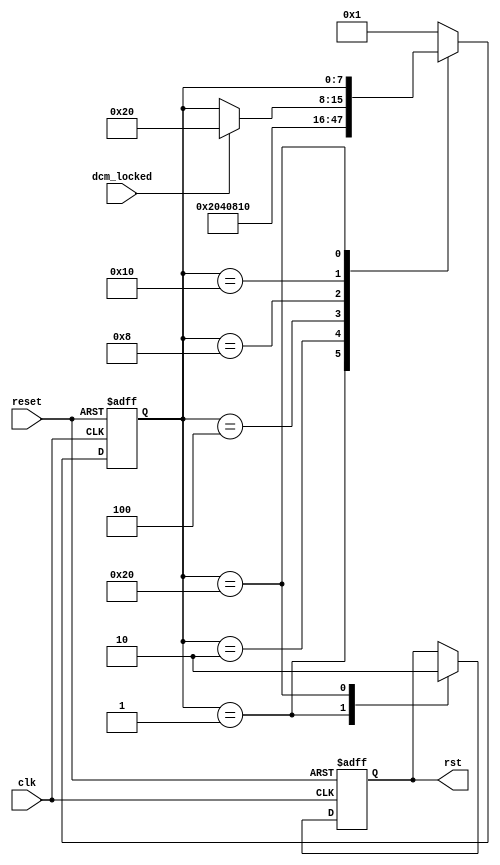
//
// Copyright (c) 2016 University of Cambridge All rights reserved.
//
//
// This software was developed with the support of 
// Prof. Gustavo Sutter and Prof. Sergio Lopez-Buedo and
// University of Cambridge Computer Laboratory NetFPGA team.
//
// @NETFPGA_LICENSE_HEADER_START@
//
// Licensed to NetFPGA C.I.C. (NetFPGA) under one or more
// contributor license agreements.  See the NOTICE file distributed with this
// work for additional information regarding copyright ownership.  NetFPGA
// licenses this file to you under the NetFPGA Hardware-Software License,
// Version 1.0 (the "License"); you may not use this file except in compliance
// with the License.  You may obtain a copy of the License at:
//
//   http://www.netfpga-cic.org
//
// Unless required by applicable law or agreed to in writing, Work distributed
// under the License is distributed on an "AS IS" BASIS, WITHOUT WARRANTIES OR
// CONDITIONS OF ANY KIND, either express or implied.  See the License for the
// specific language governing permissions and limitations under the License.
//
// @NETFPGA_LICENSE_HEADER_END@

//////////////////////////////////////////////////////////////////////////////
//////////////////////////////////////////////////////////////////////////////
`timescale 1ns / 1ps
//`default_nettype none

module rst_mod (

    // Clks and resets
    input                    clk,
    input                    reset,
    input                    dcm_locked,

    // Output
    output reg               rst
    );

    // localparam
    localparam s0  = 8'b00000001;
    localparam s1  = 8'b00000010;
    localparam s2  = 8'b00000100;
    localparam s3  = 8'b00001000;
    localparam s4  = 8'b00010000;
    localparam s5  = 8'b00100000;
    localparam s6  = 8'b01000000;
    localparam s7  = 8'b10000000;

    //-------------------------------------------------------
    // Local gen_rst
    //-------------------------------------------------------
    reg          [7:0]       fsm = 'b1;

    ////////////////////////////////////////////////
    // gen_rst
    ////////////////////////////////////////////////
    always @(posedge clk or posedge reset) begin
        
        if (reset) begin  // reset
            rst <= 1'b1;
            fsm <= s0;
        end

        else begin  // not reset

            case (fsm)

                s0 : begin
                    rst <= 1'b1;
                    fsm <= s1;
                end

                s1 : fsm <= s2;
                s2 : fsm <= s3;
                s3 : fsm <= s4;

                s4 : begin
                    if (dcm_locked) begin
                        fsm <= s5;
                    end
                end

                s5 : begin
                    rst <= 1'b0;
                end

                default : begin
                    fsm <= s0;
                end

            endcase
        end     // not reset
    end  //always

endmodule // rst_mod

//////////////////////////////////////////////////////////////////////////////
//////////////////////////////////////////////////////////////////////////////